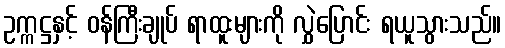
ဥက္ကဋ္ဌနှင့် ဝန်ကြီးချုပ် ရာထူးများကို လွှဲပြောင်း ရယူသွားသည်။